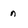
Character: n